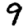
Digit: 9